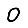
Digit: 0